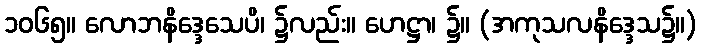
၁၀၆၅။ လောဘနိဒ္ဒေသေပိ၊ ၌လည်း။ ဟေဋ္ဌာ၊ ၌။ (အကုသလနိဒ္ဒေသ၌။)